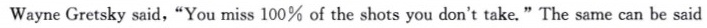
Wayne Gretsky said,"You miss 100% of the shots you don't take."The same can be said